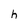
Character: h